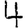
Digit: 4